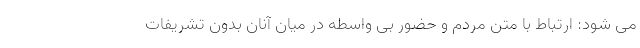
می شود: ارتباط با متن مردم و حضور بی واسطه در میان آنان بدون تشریفات